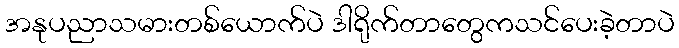
အနုပညာသမားတစ်ယောက်ပဲ ဒါရိုက်တာတွေကသင်ပေးခဲ့တာပဲ